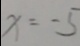
x = - 5